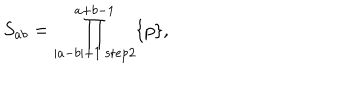
S _ { a b } = \prod _ { | a - b | + 1 ~ \mathrm { s t e p } 2 } ^ { a + b - 1 } \{ p \} ,